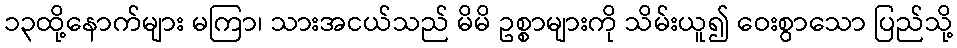
၁၃ထို့နောက်များ မကြာ၊ သားအငယ်သည် မိမိ ဥစ္စာများကို သိမ်းယူ၍ ဝေးစွာသော ပြည်သို့